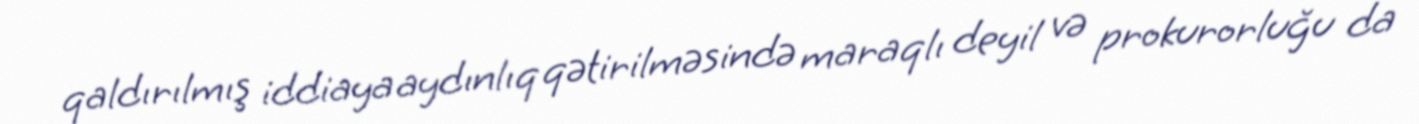
qaldırılmış iddiaya aydınlıq qətirilməsində maraqlı deyil və prokurorluğu da